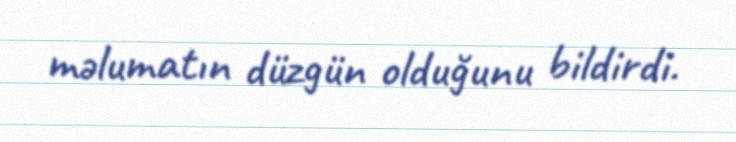
məlumatın düzgün olduğunu bildirdi.